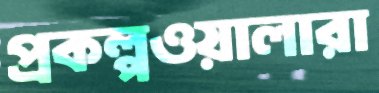
প্রকল্পওয়ালারা